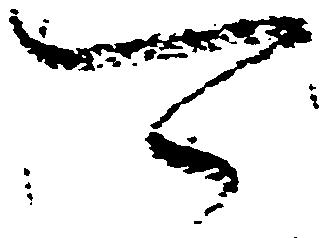
可